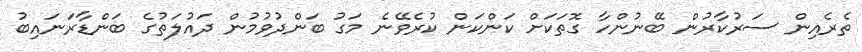
ތެރެއިން ސަރުކާރުން ބޭނުންހާ ގޮތަކަށް ކަންކަން ކުރެވޭނެ މަގު ބަންދުވުމުން ދައުލަތުގެ ބަންޑާރަނައިބު